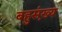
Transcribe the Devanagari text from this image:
बहुस़़ंख्य